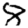
Digit: 8